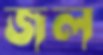
জল